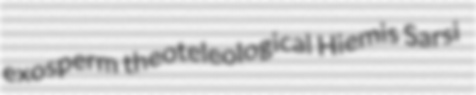
exosperm theoteleological Hiemis Sarsi